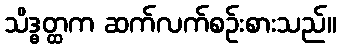
သိဒ္ဓတ္ထက ဆက်လက်စဉ်းစားသည်။